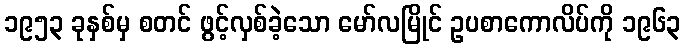
၁၉၅၃ ခုနှစ်မှ စတင် ဖွင့်လှစ်ခဲ့သော မော်လမြိုင် ဥပစာကောလိပ်ကို ၁၉၆၃